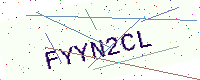
Text: FYYN2CL